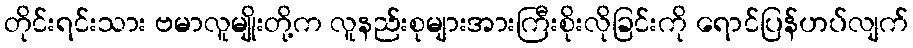
တိုင်းရင်းသား ဗမာလူမျိုးတို့က လူနည်းစုများအားကြီးစိုးလိုခြင်းကို ရောင်ပြန်ဟပ်လျက်